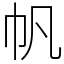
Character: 帆